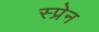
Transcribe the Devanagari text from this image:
स्प्रेन